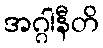
အဂ္ဂါနီတိ